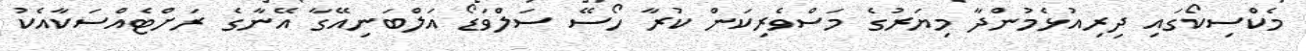
މެކްސިކޯގައި ދިރިއުޅެމުންދާ މިޔަރުގެ މަސްވެރިކަން ކުރާ ހޯސޭ ސަލްވަޑޯ އަލްބަނިއޭގާ އޭނާގެ ރަށްޓެއްސަކާއެކު